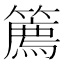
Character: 𥴱